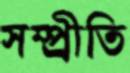
সম্প্র্রীতি